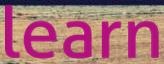
learn